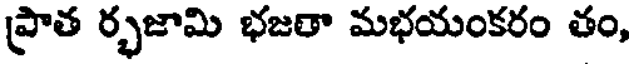
ప్రాత ర్భజామి భజతా మభయంకరం తం,